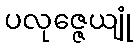
ပလုဇ္ဇေယျုံ